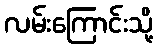
လမ်းကြောင်းသို့